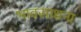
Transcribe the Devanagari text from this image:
भावसाधना